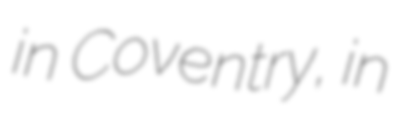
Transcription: in Coventry, in